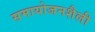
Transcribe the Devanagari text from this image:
समायोजनशैली